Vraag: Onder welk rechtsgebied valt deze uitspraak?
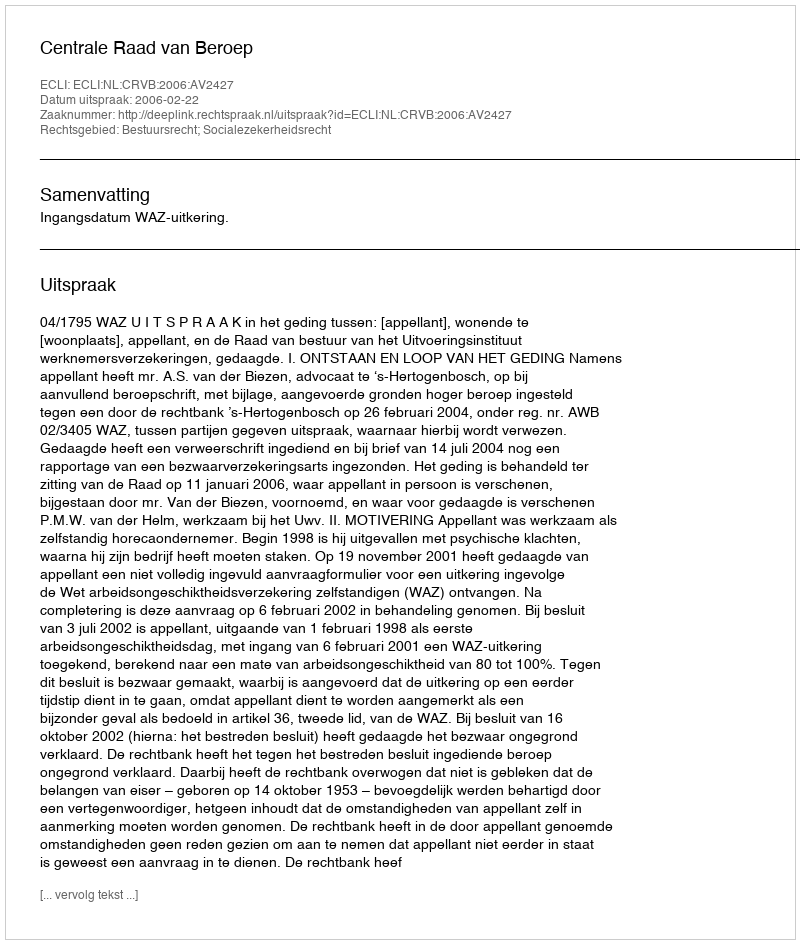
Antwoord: Bestuursrecht; Socialezekerheidsrecht